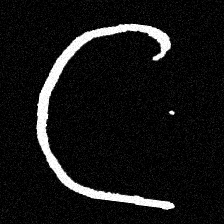
Pyu character \u2014 Myanmar letter: ဋ (romanized: tta)